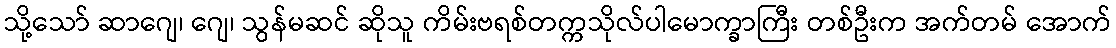
သို့သော် ဆာဂျေ၊ ဂျေ၊ သွန်မဆင် ဆိုသူ ကိမ်းဗရစ်တက္ကသိုလ်ပါမောက္ခာကြီး တစ်ဦးက အက်တမ် အောက်